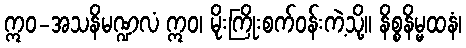
ဣဝ-အသနိမဏ္ဍလံ ဣဝ၊ မိုးကြိုးစက်ဝန်းကဲ့သို့။ နိစ္စနိမ္မထနံ၊